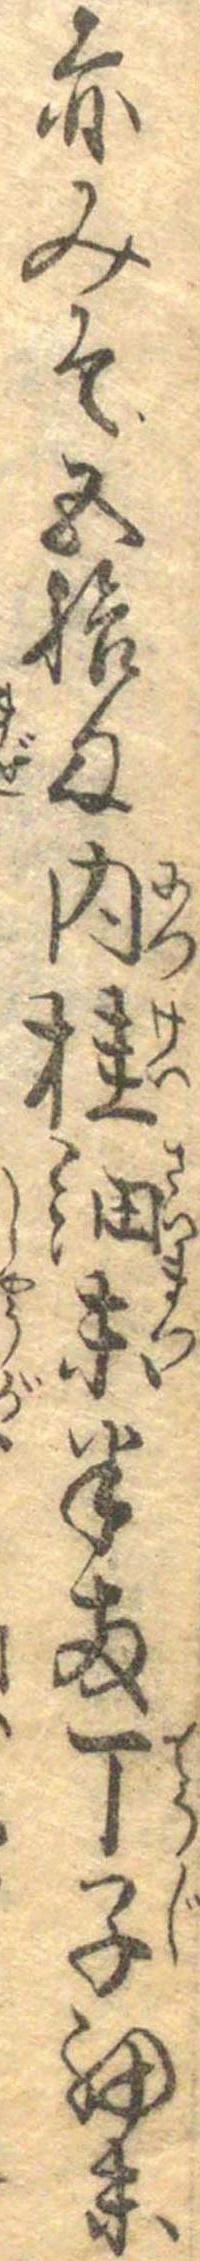
赤みそ五拾匁肉桂細末半両丁子細末